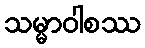
သမ္မာဝါစဿ